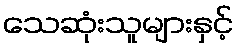
သေဆုံးသူများနှင့်